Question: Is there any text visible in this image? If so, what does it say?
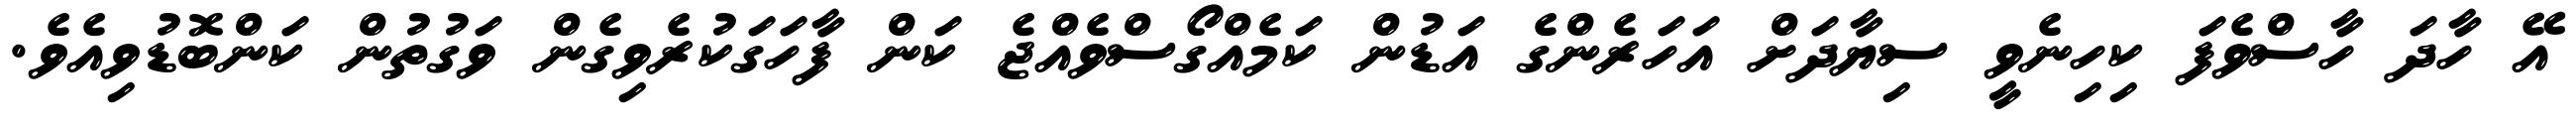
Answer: އޭ ހާދަ ހާސްވެފަ ކިހިނެވީ ސިޔާދަށް އަހަރެންގެ އަޑުން ކަމެއްގޯސްވެއްޖެ ކަން ފާހަގަކުރެވިގެން ވަގުތުން ކަންބޮޑުވިއެވެ.